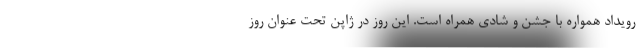
رویداد همواره با جشن و شادی همراه است. این روز در ژاپن تحت عنوان روز